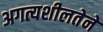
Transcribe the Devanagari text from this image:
अगत्यशीलतेने